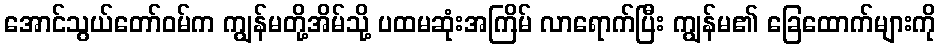
အောင်သွယ်တော်ဝမ်က ကျွန်မတို့အိမ်သို့ ပထမဆုံးအကြိမ် လာရောက်ပြီး ကျွန်မ၏ ခြေထောက်များကို